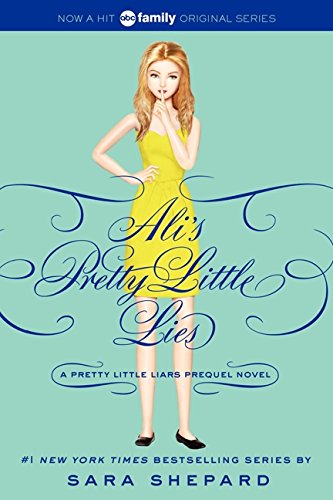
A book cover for Pretty Little Liars: Ali's Pretty Little Lies (Pretty Little Liars Companion Novel); Sara Shepard; Teen & Young Adult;